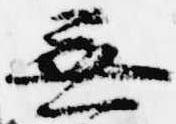
無